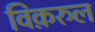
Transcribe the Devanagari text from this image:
विक़रुल